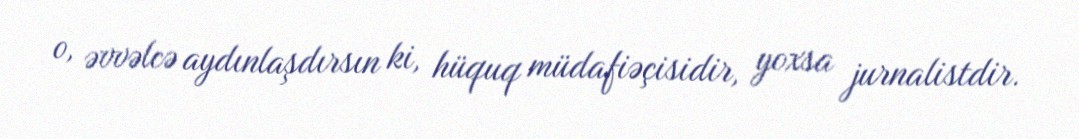
o, əvvəlcə aydınlaşdırsın ki, hüquq müdafiəçisidir, yoxsa jurnalistdir.